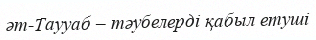
әт-Таууаб – тәубелерді қабыл етуші